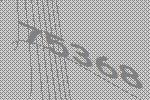
75368